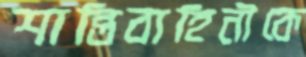
শান্তিবাহিনীকে